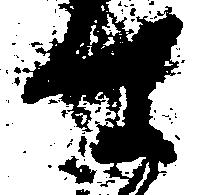
す